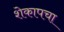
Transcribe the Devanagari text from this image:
शेकापचा